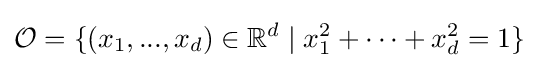
{\mathcal {O}}=\{(x_{1},...,x_{d})\in {\mathbb {R} }^{d}\;|\;x_{1}^{2}+\cdots +x_{d}^{2}=1\}\